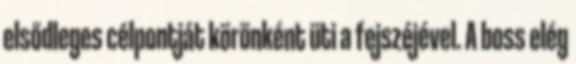
elsődleges célpontját körönként üti a fejszéjével. A boss elég